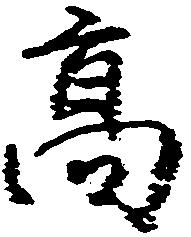
高